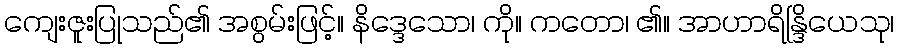
ကျေးဇူးပြုသည်၏ အစွမ်းဖြင့်။ နိဒ္ဒေသော၊ ကို။ ကတော၊ ၏။ အာဟာရိန္ဒြိယေသု၊